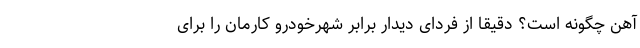
آهن چگونه است؟ دقیقا از فردای دیدار برابر شهرخودرو کارمان را برای